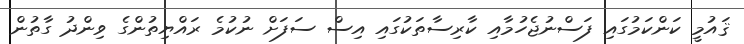
ޤައުމީ ކަންކަމުގައި ފަސްނުޖެހުމާއި ކާރިސާތަކުގައި އިސް ސަފަށް ނުކުމެ ރައްޔިތުންގެ ވިންދު ގާތުން